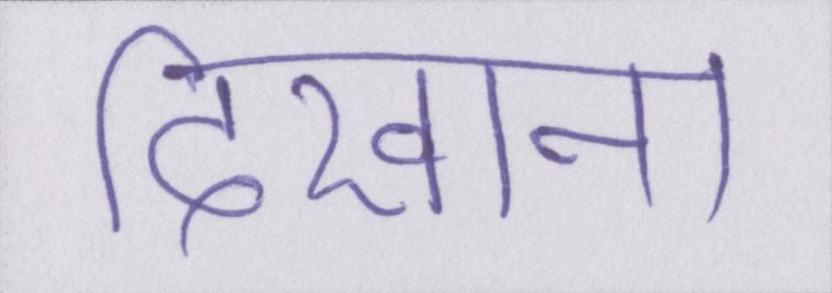
दिखाना